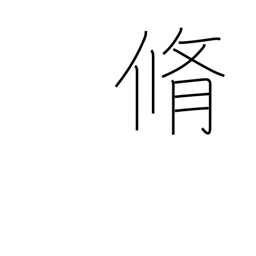
Meaning: dried meat